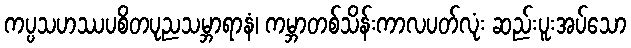
ကပ္ပသဟဿပစိတပုညသမ္ဘာရာနံ၊ ကမ္ဘာတစ်သိန်းကာလပတ်လုံး ဆည်းပူးအပ်သော